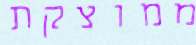
ממוצקת